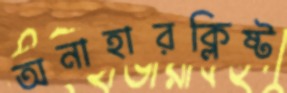
অনাহারক্লিষ্ট